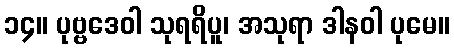
၁၄။ ပုဗ္ဗဒေဝါ သုရရိပူ၊ အသုရာ ဒါနဝါ ပုမေ။